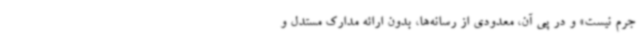
جرم نیست» و در پی آن، معدودی از رسانه‌ها، بدون ارائه مدارک مستدل و